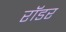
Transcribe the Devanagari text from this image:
रॉडर